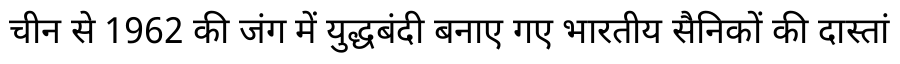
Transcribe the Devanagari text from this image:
चीन से 1962 की जंग में युद्धबंदी बनाए गए भारतीय सैनिकों की दास्तां